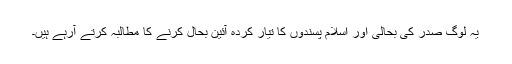
یہ لوگ صدر کی بحالی اور اسلام پسندوں کا تیار کردہ آئین بحال کرنے کا مطالبہ کرتے آرہے ہیں۔